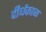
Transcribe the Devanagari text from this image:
दीर्धकाळ